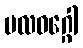
ဗလဝဂ္ဂေါ